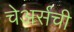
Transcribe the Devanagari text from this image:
चेअर्सची